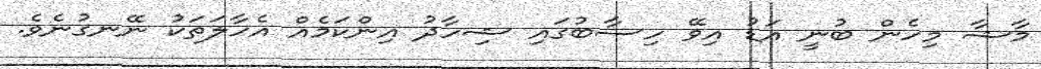
މާޝާ މިހެން ބުނީ އަޑު އިވޭ ހިސާބުގައި ޝިހާދު އިންކަމެއް އެހާލަތަކު ނޭނގުނެވެ.